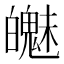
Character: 𲌯